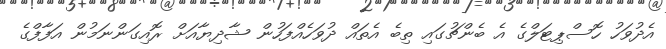
އެދުވަހު ހޮސްޕިޓަލްގެ އެ ބެންޗުގައި ތިބެ އެތައް ދުވަހެއްފަހުން ޝާދިޔާއަށް ރޮއިގަންނަމުން އަފާފްގެ